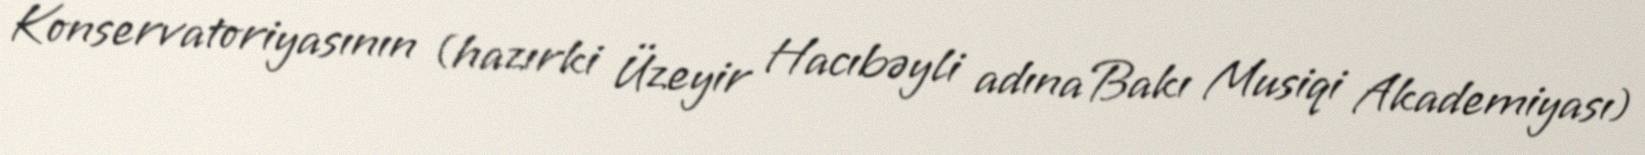
Konservatoriyasının (hazırki Üzeyir Hacıbəyli adına Bakı Musiqi Akademiyası)